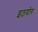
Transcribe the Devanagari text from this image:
इठयोग